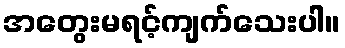
အတွေးမရင့်ကျက်သေးပါ။